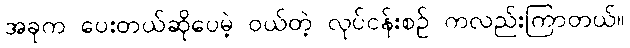
အခုက ပေးတယ်ဆိုပေမဲ့ ဝယ်တဲ့ လုပ်ငန်းစဉ် ကလည်းကြာတယ်။